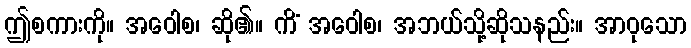
ဤစကားကို။ အဝေါစ၊ ဆို၏။ ကိံ အဝေါစ၊ အဘယ်သို့ဆိုသနည်း။ အာဝုသော